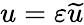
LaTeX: u=\varepsilon\widetilde u